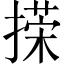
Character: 㨲